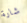
شارة